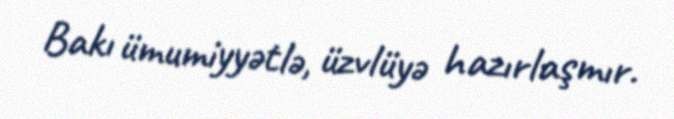
Bakı ümumiyyətlə, üzvlüyə hazırlaşmır.